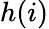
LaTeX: h(i)